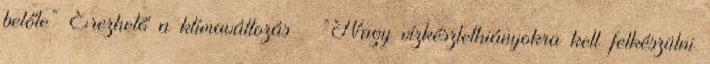
belőle” Érezhető a klímaváltozás – “Nagy vízkészlethiányokra kell felkészülni